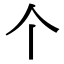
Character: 个